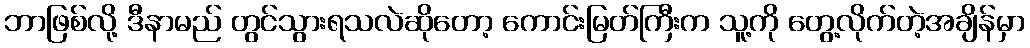
ဘာဖြစ်လို့ ဒီနာမည် တွင်သွားရသလဲဆိုတော့ ကောင်းမြတ်ကြီးက သူ့ကို တွေ့လိုက်တဲ့အချိန်မှာ